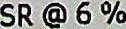
SR @ 6 %